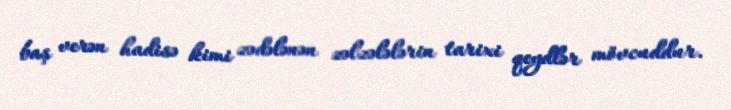
baş verən hadisə kimi zədələnən zəlzələlərin tarixi qeydlər mövcuddur.